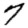
Digit: 7